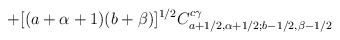
\begin{align*}+ [(a+\alpha+1)(b+\beta)]^{1/2}C_{a+1/2, \alpha+1/2; b-1/2, \beta-1/2}^{c\gamma}\end{align*}